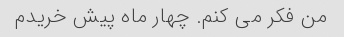
من فکر می کنم. چهار ماه پیش خریدم